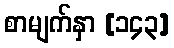
စာမျက်နှာ [၁၄၃]